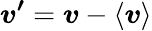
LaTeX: \boldsymbol{v^{\prime}}=\boldsymbol{v}-\boldsymbol{\left<v\right>}